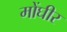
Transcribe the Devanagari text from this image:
मोंघीर